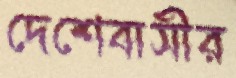
দেশেবাসীর